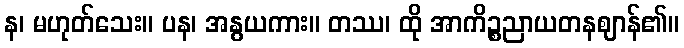
န၊ မဟုတ်သေး။ ပန၊ အနွယကား။ တဿ၊ ထို အာကိဉ္စညာယတနဈာန်၏။